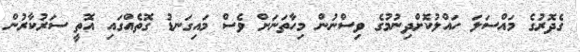
ގެދޮރުގެ މައްސަލަ ހައްލުކޮށްދިނުމުގެ ވިސްނުން މިހާތަނަށް ވެސް މައިގަނޑު ގޮތެއްގައި އޮތީ ސަރުކާރުން